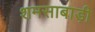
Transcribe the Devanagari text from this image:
शमसाबाड़ी